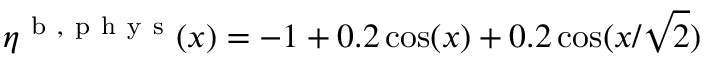
\eta ^ { \mathrm { ~ b ~ } , \mathrm { ~ p ~ h ~ y ~ s ~ } } ( x ) = - 1 + 0 . 2 \cos ( x ) + 0 . 2 \cos ( x / \sqrt { 2 } )